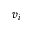
v _ { i }